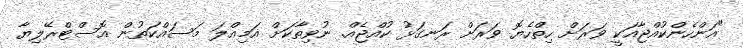
"އަންހެންކުއްޖާއަކީ ވަރަށް ހިތްހެޔޮ ވަރަށް ރަނގަޅު ކުއްޖެއް. ނުވިތާކަށް އަމިއްލަ މަސައްކަތުން އޮސްޓްރޭލިޔާ